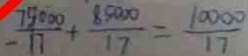
- \frac { 7 5 0 0 0 } { 1 7 } + \frac { 8 5 0 0 0 } { 1 7 } = \frac { 1 0 0 0 0 } { 1 7 }